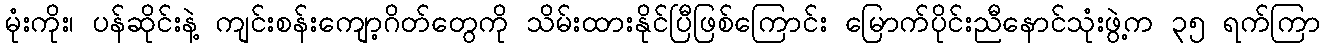
မုံးကိုး၊ ပန်ဆိုင်းနဲ့ ကျင်းစန်းကျော့ဂိတ်တွေကို သိမ်းထားနိုင်ပြီဖြစ်ကြောင်း မြောက်ပိုင်းညီနောင်သုံးဖွဲ့က ၃၅ ရက်ကြာ